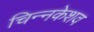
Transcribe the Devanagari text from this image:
चिन्नकेशव